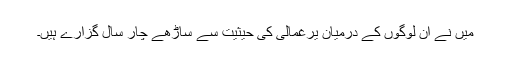
میں نے ان لوگوں کے درمیان یرغمالی کی حیثیت سے ساڑھے چار سال گزارے ہیں۔